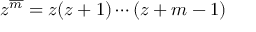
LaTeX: z ^ { \overline { { m } } } = z ( z + 1 ) \cdots ( z + m - 1 )